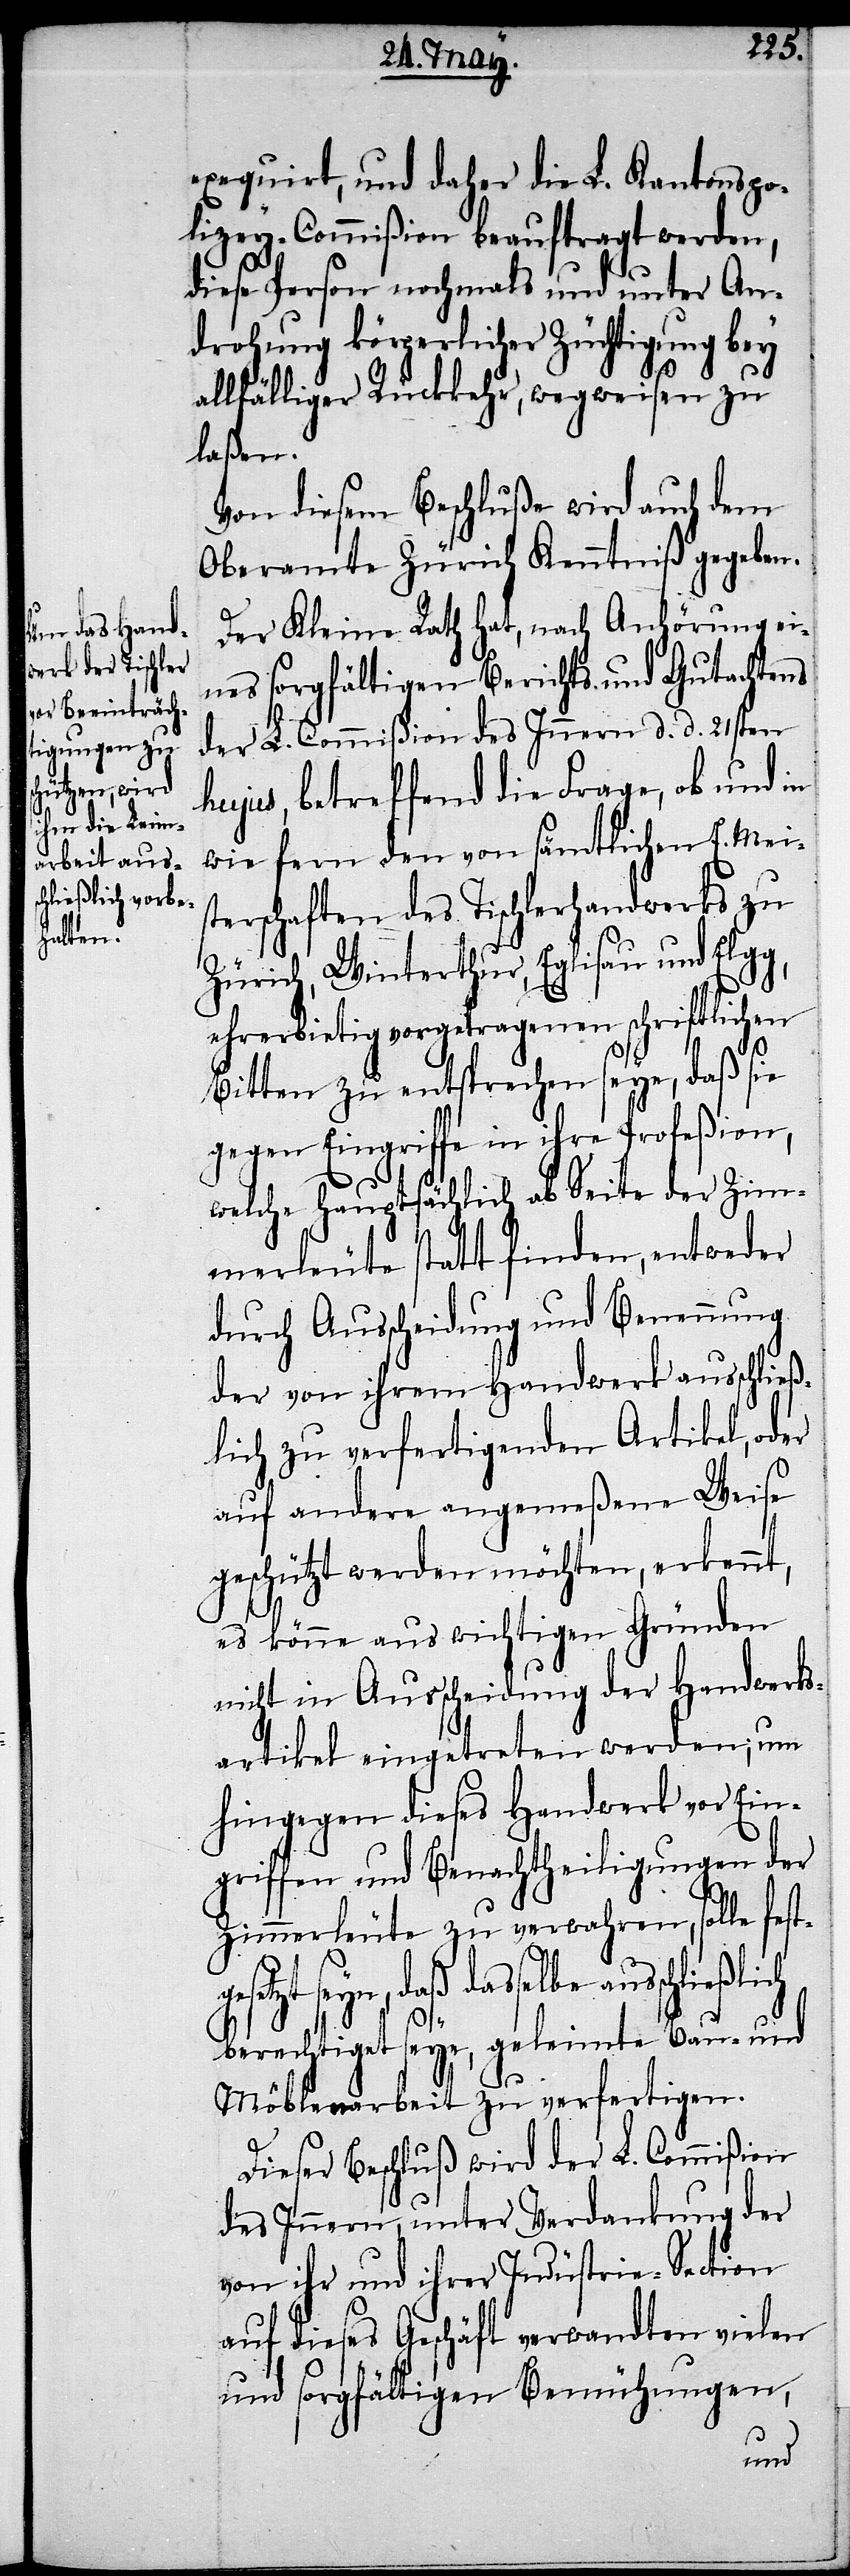
g,
exequirt, und daher die L. Kantonspo¬
lizey-Commißion beauftragt werden,
diese Person nochmals und unter An¬
drohung körperlicher Züchtigung bey
allfälliger Rückkehr, wegweisen zu
laßen.
Von diesem Beschluße wird auch dem
Oberamte Zürich Kenntniß gegeben.
Der Kleine Rath hat, nach Anhörung ei¬
nes sorgfältigen Berichts und Gutachtens
der L. Commißion des Innern d. d. 21sten
hujus, betreffend die Frage, ob und in
wie fern den von sämtlichen E. Meis¬
terschaften des Tischlerhandwerks zu
Zürich, Winterthur, Eglisau und Elg¬
ehrerbietig vorgetragenen schriftlichen
Bitten zu entsprechen seye, daß sie
gegen Eingriffe in ihre Profeßion,
welche hauptsächlich ab Seite der Zim¬
merleute statt finden, entweder
durch Ausscheidung und Benennung
der von ihrem Handwerk ausschließ¬
lich zu verfertigenden Artikel, oder
auf andere angemeßene Weise
geschützt werden möchten, erkennt,
es könne aus wichtigen Gründen
nicht in Ausscheidung der Handwerks¬
artikel eingetreten werden; um
hingegen dieses Handwerk vor Ein¬
griffen und Benachtheiligungen der
Zimmerleute zu verwahren, solle fest¬
gesetzt seyn, daß dasselbe
berechtiget seye, geleimte Bau- und
Möblenarbeit zu verfertigen.
Dieser Beschluß wird der L. Commißion
des Innern, unter Verdankung der
von ihr und ihrer Industrie-Section
auf dieses Geschäft verwandten vielen
und sorgfältigen Bemühungen,